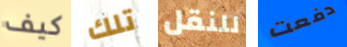
كيف تلك للنقل دفعت